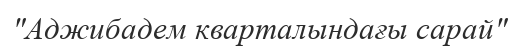
"Аджибадем кварталындағы сарай"